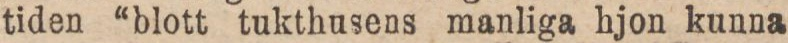
tiden “blott tukthusens manliga hjon kunna